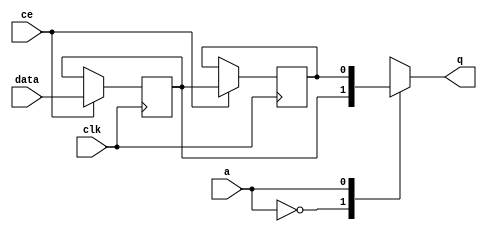
// ==============================================================
// Vivado(TM) HLS - High-Level Synthesis from C, C++ and SystemC v2019.2 (64-bit)
// Copyright 1986-2019 Xilinx, Inc. All Rights Reserved.
// ==============================================================

`timescale 1 ns / 1 ps

module start_for_zeropad2d_cl_ss_ap_fixed_ap_fixed_config77_U0_shiftReg (
    clk,
    data,
    ce,
    a,
    q);

parameter DATA_WIDTH = 32'd1;
parameter ADDR_WIDTH = 32'd1;
parameter DEPTH = 2'd2;

input clk;
input [DATA_WIDTH-1:0] data;
input ce;
input [ADDR_WIDTH-1:0] a;
output [DATA_WIDTH-1:0] q;

reg[DATA_WIDTH-1:0] SRL_SIG [0:DEPTH-1];
integer i;

always @ (posedge clk)
    begin
        if (ce)
        begin
            for (i=0;i<DEPTH-1;i=i+1)
                SRL_SIG[i+1] <= SRL_SIG[i];
            SRL_SIG[0] <= data;
        end
    end

assign q = SRL_SIG[a];

endmodule

module start_for_zeropad2d_cl_ss_ap_fixed_ap_fixed_config77_U0 (
    clk,
    reset,
    if_empty_n,
    if_read_ce,
    if_read,
    if_dout,
    if_full_n,
    if_write_ce,
    if_write,
    if_din);

parameter MEM_STYLE   = "shiftreg";
parameter DATA_WIDTH  = 32'd1;
parameter ADDR_WIDTH  = 32'd1;
parameter DEPTH       = 2'd2;

input clk;
input reset;
output if_empty_n;
input if_read_ce;
input if_read;
output[DATA_WIDTH - 1:0] if_dout;
output if_full_n;
input if_write_ce;
input if_write;
input[DATA_WIDTH - 1:0] if_din;

wire[ADDR_WIDTH - 1:0] shiftReg_addr ;
wire[DATA_WIDTH - 1:0] shiftReg_data, shiftReg_q;
wire                     shiftReg_ce;
reg[ADDR_WIDTH:0] mOutPtr = ~{(ADDR_WIDTH+1){1'b0}};
reg internal_empty_n = 0;
reg internal_full_n = 1;

assign if_full_n = internal_full_n;
assign if_empty_n = internal_empty_n;
assign shiftReg_data = if_din;
assign if_dout = shiftReg_q;

always @ (posedge clk) begin
    if (reset == 1'b1)
    begin
        mOutPtr <= ~{ADDR_WIDTH+1{1'b0}};
        internal_empty_n <= 1'b0;
        internal_full_n <= 1'b1;
    end
    else begin
        if (((if_read & if_read_ce) == 1 & internal_empty_n == 1) && 
            ((if_write & if_write_ce) == 0 | internal_full_n == 0))
        begin
            mOutPtr <= mOutPtr - 2'd1;
            if (mOutPtr == 2'd0)
                internal_empty_n <= 1'b0;
            internal_full_n <= 1'b1;
        end 
        else if (((if_read & if_read_ce) == 0 | internal_empty_n == 0) && 
            ((if_write & if_write_ce) == 1 & internal_full_n == 1))
        begin
            mOutPtr <= mOutPtr + 2'd1;
            internal_empty_n <= 1'b1;
            if (mOutPtr == DEPTH - 2'd2)
                internal_full_n <= 1'b0;
        end 
    end
end

assign shiftReg_addr = mOutPtr[ADDR_WIDTH] == 1'b0 ? mOutPtr[ADDR_WIDTH-1:0]:{ADDR_WIDTH{1'b0}};
assign shiftReg_ce = (if_write & if_write_ce) & internal_full_n;

start_for_zeropad2d_cl_ss_ap_fixed_ap_fixed_config77_U0_shiftReg 
#(
    .DATA_WIDTH(DATA_WIDTH),
    .ADDR_WIDTH(ADDR_WIDTH),
    .DEPTH(DEPTH))
U_start_for_zeropad2d_cl_ss_ap_fixed_ap_fixed_config77_U0_ram (
    .clk(clk),
    .data(shiftReg_data),
    .ce(shiftReg_ce),
    .a(shiftReg_addr),
    .q(shiftReg_q));

endmodule